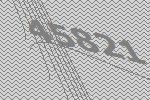
45821